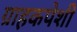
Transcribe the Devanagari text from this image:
ग्राहकपेशी